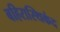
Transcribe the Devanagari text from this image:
बहिरास्थिकंद